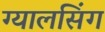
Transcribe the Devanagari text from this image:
ग्‍यालसिंग